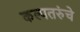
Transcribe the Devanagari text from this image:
कल्पतरुंचे